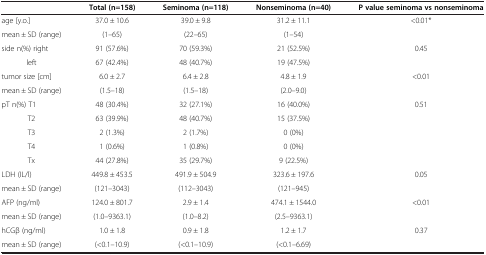
<table><thead><tr><td><b> </b></td><td><b>Total (n=158)</b></td><td><b>Seminoma (n=118)</b></td><td><b>Nonseminoma (n=40)</b></td><td><b>P value seminoma vs nonseminoma</b></td></tr></thead><tbody><tr><td>age [y.o.]</td><td>37.0 ± 10.6</td><td>39.0 ± 9.8</td><td>31.2 ± 11.1</td><td rowspan="2">&lt;0.01*</td></tr><tr><td>mean ± SD (range)</td><td>(1–65)</td><td>(22–65)</td><td>(1–54)</td></tr><tr><td>side n(%) right</td><td>91 (57.6%)</td><td>70 (59.3%)</td><td>21 (52.5%)</td><td rowspan="2">0.45</td></tr><tr><td>left</td><td>67 (42.4%)</td><td>48 (40.7%)</td><td>19 (47.5%)</td></tr><tr><td>tumor size [cm]</td><td>6.0 ± 2.7</td><td>6.4 ± 2.8</td><td>4.8 ± 1.9</td><td rowspan="2">&lt;0.01</td></tr><tr><td>mean ± SD (range)</td><td>(1.5–18)</td><td>(1.5–18)</td><td>(2.0–9.0)</td></tr><tr><td>pT n(%) T1</td><td>48 (30.4%)</td><td>32 (27.1%)</td><td>16 (40.0%)</td><td rowspan="5">0.51</td></tr><tr><td>T2</td><td>63 (39.9%)</td><td>48 (40.7%)</td><td>15 (37.5%)</td></tr><tr><td>T3</td><td>2 (1.3%)</td><td>2 (1.7%)</td><td>0 (0%)</td></tr><tr><td>T4</td><td>1 (0.6%)</td><td>1 (0.8%)</td><td>0 (0%)</td></tr><tr><td>Tx</td><td>44 (27.8%)</td><td>35 (29.7%)</td><td>9 (22.5%)</td></tr><tr><td>LDH (IL/l)</td><td>449.8 ± 453.5</td><td>491.9 ± 504.9</td><td>323.6 ± 197.6</td><td rowspan="2">0.05</td></tr><tr><td>mean ± SD (range)</td><td>(121–3043)</td><td>(112–3043)</td><td>(121–945)</td></tr><tr><td>AFP (ng/ml)</td><td>124.0 ± 801.7</td><td>2.9 ± 1.4</td><td>474.1 ± 1544.0</td><td rowspan="2">&lt;0.01</td></tr><tr><td>mean ± SD (range)</td><td>(1.0–9363.1)</td><td>(1.0–8.2)</td><td>(2.5–9363.1)</td></tr><tr><td>hCGβ (ng/ml)</td><td>1.0 ± 1.8</td><td>0.9 ± 1.8</td><td>1.2 ± 1.7</td><td>0.37</td></tr><tr><td>mean ± SD (range)</td><td>(&lt;0.1–10.9)</td><td>(&lt;0.1–10.9)</td><td>(&lt;0.1–6.69)</td><td> </td></tr></tbody></table>